Scottish Leaving Certificate Examination, 1952
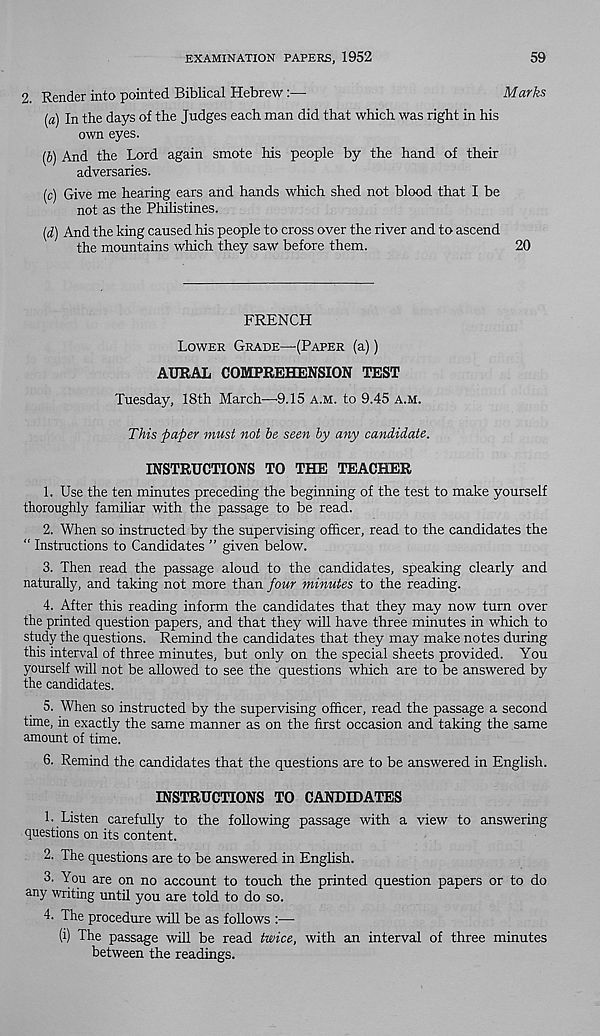
EXAMINATION PAPERS, 1952
59
2. Render into pointed Biblical Hebrew:—
Marks
[а) In the days of the Judges each man did that which was right in his
own eyes.
(б) And the Lord again smote his people by the hand of their
adversaries.
(c) Give me hearing ears and hands which shed not blood that I be
not as the Philistines.
[d) And the king caused his people to cross over the river and to ascend
the mountains which they saw before them.
20
FRENCH
Lower Grade—(Paper (a))
AURAL COMPREHENSION TEST
Tuesday, 18th March—9.15 a.m. to 9.45 a.m.
This paper must not he seen by any candidate.
INSTRUCTIONS TO THE TEACHER
1. Use the ten minutes preceding the beginning of the test to make yourself
thoroughly familiar with the passage to be read.
2. When so instructed by the supervising officer, read to the candidates the
“ Instructions to Candidates ” given below.
3. Then read the passage aloud to the candidates, speaking clearly and
naturally, and taking not more than four minutes to the reading.
4. After this reading inform the candidates that they may now turn over
the printed question papers, and that they will have three minutes in which to
study the questions. Remind the candidates that they may make notes during
this interval of three minutes, but only on the special sheets provided. You
yourself will not be allowed to see the questions which are to be answered by
the candidates.
5. When so instructed by the supervising oificer, read the passage a second
time, in exactly the same manner as on the first occasion and taking the same
amount of time.
6. Remind the candidates that the questions are to be answered in English.
INSTRUCTIONS TO CANDIDATES
1. Listen carefully to the following passage with a view to answering
questions on its content.
2. The questions are to be answered in Enghsh.
3. You are on no account to touch the printed question papers or to do
any writing until you are told to do so.
4. The procedure will be as follows :—
(i) The passage will be read twice, with an interval of three minutes
between the readings.